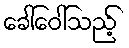
ခေါ်ဝေါ်သည့်